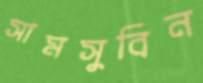
সামসুবিন